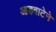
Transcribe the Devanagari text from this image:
आडवाटेने